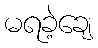
မရခဲ့ချေ